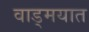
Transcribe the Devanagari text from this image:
वाड्मयात